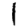
Digit: 1